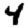
Digit: 4